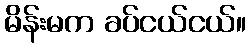
မိန်းမက ခပ်ငယ်ငယ်။